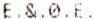
E.&.0.E.